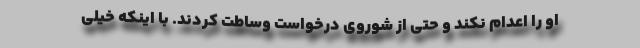
او را اعدام نکند و حتی از شوروی درخواست وساطت کردند. با اینکه خیلی